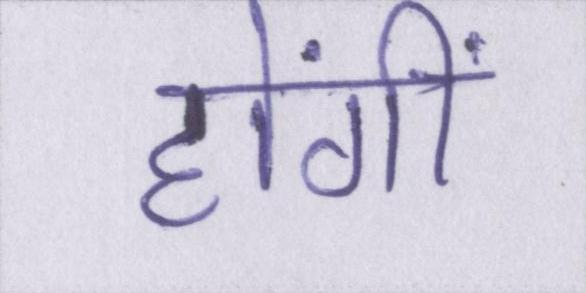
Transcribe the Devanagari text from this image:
होंगीं